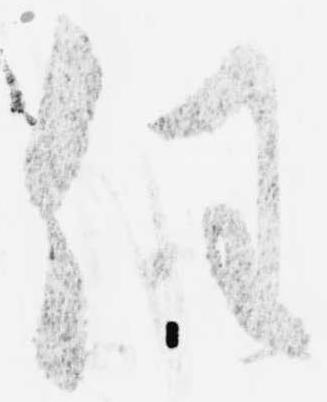
任